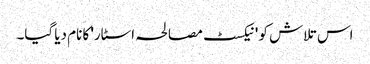
اس تلاش کو 'نیکسٹ مصالحہ اسٹار' کا نام دیا گیا۔